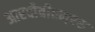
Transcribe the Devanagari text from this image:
आरदीबीएम्एस